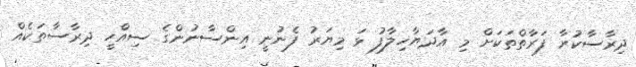
ދިރާސާކުރާ ފަރާތްތަކަށް މި އާދަޔާޚިލާފު ޅަ މިޔަރު ފެނުނީ އިންސާނުންގެ ސިއްހީ ދިރާސާތަކެއް